Report on the bubonic plague in Bombay, 1896-1897
Year: 1896
Disease focus: Plague
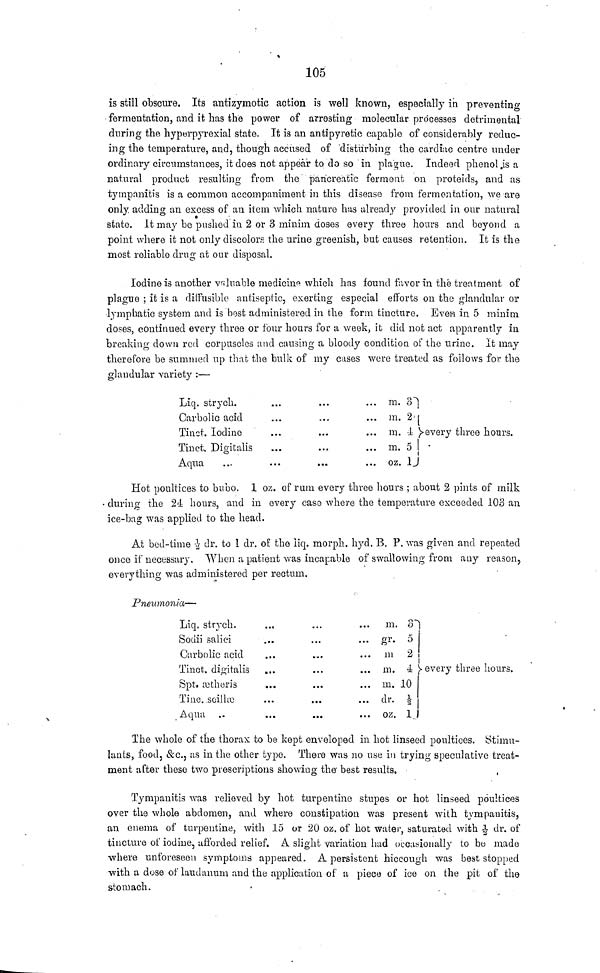
105
is still obscure. Its antizymotic action is well known, especially in preventing
fermentation, and it has the power of arresting molecular processes detrimental
during the hyperpyrexial state. It is an antipyretic capable of considerably reduc-
ing the temperature, and, though accused of disturbing the cardiac centre under
ordinary circumstances, it does not appear to do so in plague. Indeed phenol is a
natural product resulting from the pancreatic ferment on proteids, and as
tympanitis is a common accompaniment in this disease from fermentation, we are
only adding an excess of an item which nature has already provided in our natural
state. It may be pushed in 2 or 3 minim doses every three hours and beyond a
point where it not only discolors the urine greenish, but causes retention. It is the
most reliable drug at our disposal.
Iodine is another valuable medicine which has found favor in the treatment of
plague ; it is a diffusible antiseptic, exerting especial efforts on the glandular or
lymphatic system and is best administered in the form tincture. Even in 5 minim
doses, continued every three or four hours fou a week, it did not act apparently in
breaking clown red corpuseles and causing a bloody condition of the urine. It may
therefore be summed up that the bulk of my cases were treated as follows for the
glandular variety :—
Liq. strych.
Carbolic acid
Tinet. Iodine
Tinet. Digitalis
Aqua ...
...
...
...
...
...
...
...
...
...
...
...
...
...
...
...
m. 3
m. 2
m. 4
m. δ 1
oz. 1
every three hours.
Hot poultices to bubo. 1 oz. of rum every three hours ; about 2 pints of milk
during the 24 hours, and in every caso where the temperature exceeded 103 an
ice-bag was applied to the head.
At bed-time ½ dr. to 1 dr. of the liq. morph. hyd. B. P. was given and repeated
once if necessary. When a patient was incapable of swallowing from any reason,
everything was administered per rectum.
Pneumonia—
Liq. strych.
Sodii salici
Carbolic acid
Tinet. digitalis
Spt. ætheris
Tine. scillæ
Aqua ..
...
...
...
...
...
...
...
...
...
...
...
...
...
...
...
...
...
...
...
...
...
m.
gr.
m
m.
m.
dr.
oz.
3
5
2
4
10
I
1
every three hours.
The whole of the thorax to be kept enveloped in hot linseed poultices. Stimu-
lants, food, &c., as in the other type. There was no use in trying speculative treat-
ment after these two prescriptions showing the best results.
Tympanitis was relieved by hot turpentine stupes or hot linseed poultices
over the whole abdomen, and where constipation was present with tympanitis,
an enema of turpentine, with 15 or 20 oz. of hot water, saturated with
dr. of
tincture of iodine, afforded relief. A slight variation had occasionally to be made
where unforeseen symptoms appeared. A persistent hiccough was best stopped
with a dose of laudanum and the application of a piece of ice on the pit of the
stomach.